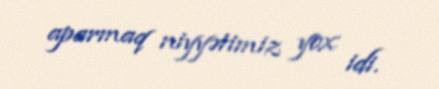
aparmaq niyyətimiz yox idi.